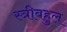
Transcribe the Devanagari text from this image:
स्त्रीबहुल